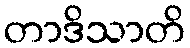
တာဒိသာတိ